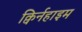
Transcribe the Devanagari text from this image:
क्विर्नहाइम